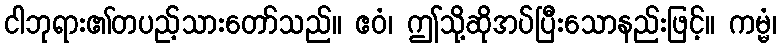
ငါဘုရား၏တပည့်သားတော်သည်။ ဧဝံ၊ ဤသို့ဆိုအပ်ပြီးသောနည်းဖြင့်။ ကမ္မံ၊